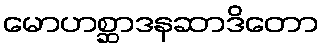
မောဟစ္ဆာဒနဆာဒိတော